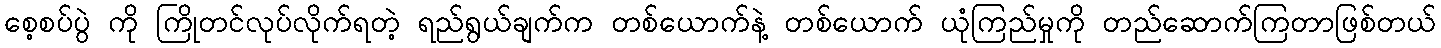
စေ့စပ်ပွဲ ကို ကြိုတင်လုပ်လိုက်ရတဲ့ ရည်ရွယ်ချက်က တစ်ယောက်နဲ့ တစ်ယောက် ယုံကြည်မှုကို တည်ဆောက်ကြတာဖြစ်တယ်